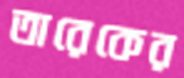
তারেকের